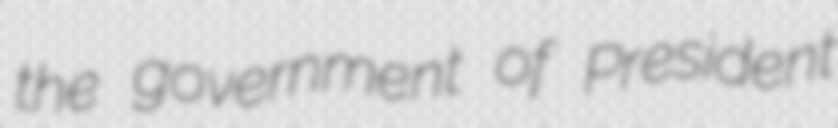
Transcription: the government of President